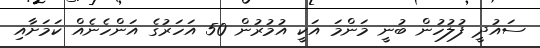
ސައުދީ ފުލުހުން ބުނީ މަންމަ އަކީ އުމުރުން 50 އަހަރުގެ އަންހެނެއް ކަމަށާއި